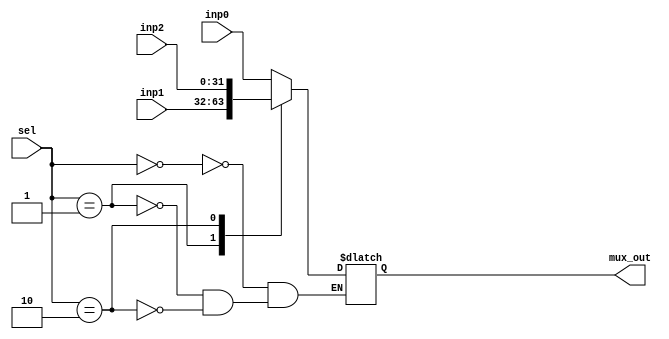
`timescale 1ns / 1ps
//////////////////////////////////////////////////////////////////////////////////
// Company: 
// Engineer: 
// 
// Design Name: 
// Module Name: mux3
// Project Name: 
// Target Devices: 
// Tool Versions: 
// Description: 
// 
// Dependencies: 
// 
// Revision:
// Revision 0.01 - File Created
// Additional Comments:
// 
//////////////////////////////////////////////////////////////////////////////////


module mux3(
input [1:0] sel,
input [31:0] inp0,
input [31:0] inp1,
input [31:0] inp2,
output [31:0] mux_out
    );
    reg [31:0] out;
       //ALU source for lw/sw and R type instructions
       always @(*)
       begin
        case (sel)
			2'd0: out = inp0 ;
			2'd1: out = inp1;
			2'd2: out = inp2;
			//default: out = inp0;
		endcase
		end
		assign mux_out = out;
		
endmodule